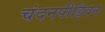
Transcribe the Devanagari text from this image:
चंदनपीड़िवन